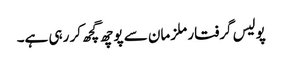
پولیس گرفتار ملزمان سے پوچھ گچھ کر رہی ہے۔